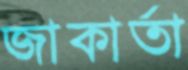
জাকার্তা